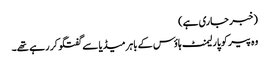
(خبر جاری ہے)
وہ پیر کو پارلیمنٹ ہاؤس کے باہر میڈیا سے گفتگو کر رہے تھے۔